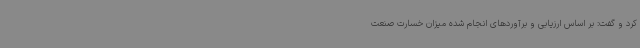
کرد و گفت: بر اساس ارزیابی و برآوردهای انجام شده میزان خسارت صنعت